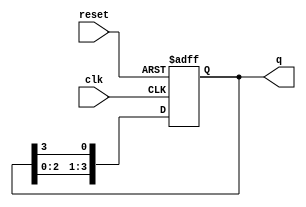
module bistable_ring_counter (
    input wire clk,           // Clock signal
    input wire reset,         // Asynchronous reset signal
    output reg [3:0] q        // 4-bit output of the ring counter
);

    // On reset, initialize the counter
    // Else, shift the '1' through the flip-flops on each clock pulse
    always @(posedge clk or posedge reset) begin
        if (reset) begin
            q <= 4'b1000; // Initialize the counter to state 0: 1000
        end else begin
            // Shift the '1' through the counter
            q <= {q[2:0], q[3]}; // Rotate right
        end
    end

endmodule